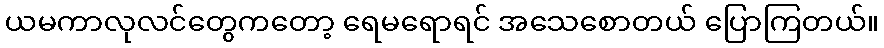
ယမကာလုလင်တွေကတော့ ရေမရောရင် အသေစောတယ် ပြောကြတယ်။